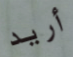
أريد